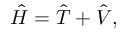
{ \hat { H } } = { \hat { T } } + { \hat { V } } ,